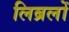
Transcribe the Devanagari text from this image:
लिब्रलों